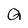
Character: Q